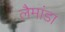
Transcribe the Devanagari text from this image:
लैमांडा